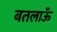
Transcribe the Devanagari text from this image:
बतलाऊँ